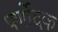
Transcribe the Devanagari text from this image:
पर्णोदक